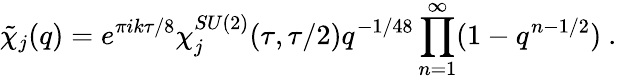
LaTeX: \tilde{\chi}_{j}(q)=e^{\pi ik\tau/8}\chi_{j}^{SU(2)}(\tau,\tau/2)q^{-1/48}\prod_{n=1}^{\infty}(1-q^{n-1/2})~.